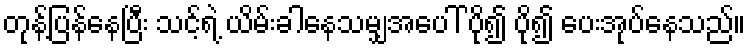
တုန့်ပြန်နေပြီး သင့်ရဲ့ ယိမ်းခါနေသမျှအပေါ် ပို၍ ပို၍ ပေးအုပ်နေသည်။